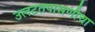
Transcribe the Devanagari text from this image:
उलटतपासणीचा